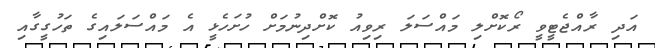
އަދި ރާއްޖެޓީވީ ރޯކޮށްލި މައްސަލަ ރިވިއު ކޮށްދިނުމަށް ހުށަހެޅީ އެ މައްސަލައިގެ ތަހުގީގާއި